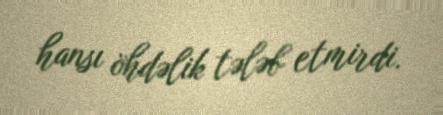
hansı öhdəlik tələb etmirdi.